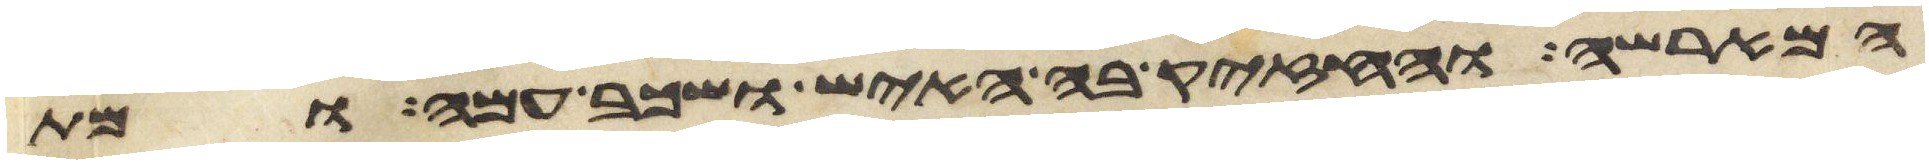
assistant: המארשה והחזיק בה האיש ושכב עמה ומת